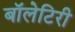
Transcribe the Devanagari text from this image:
बॉलेटिरी